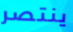
ينتصر